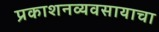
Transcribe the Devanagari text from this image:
प्रकाशनव्यवसायाचा